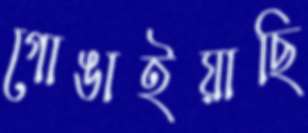
গোঙাইয়াছি